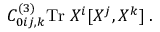
C _ { 0 i j , k } ^ { ( 3 ) } \mathrm { T r } \; X ^ { i } [ X ^ { j } , X ^ { k } ] \; .